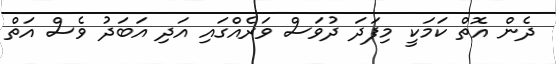
ދެން އޮތް ކަމަކީ މިފަދަ ދުވަސް ވަރެއްގައި އަދި އަބަދު ވެސް އަތް